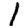
Digit: 1